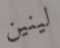
لينين